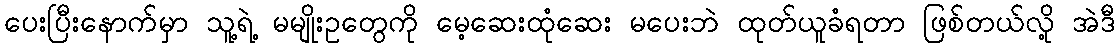
ပေးပြီးနောက်မှာ သူ့ရဲ့ မမျိုးဥတွေကို မေ့ဆေးထုံဆေး မပေးဘဲ ထုတ်ယူခံရတာ ဖြစ်တယ်လို့ အဲဒီ